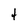
Character: t